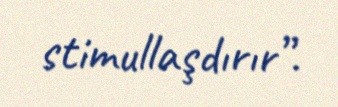
stimullaşdırır”.